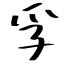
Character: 孚